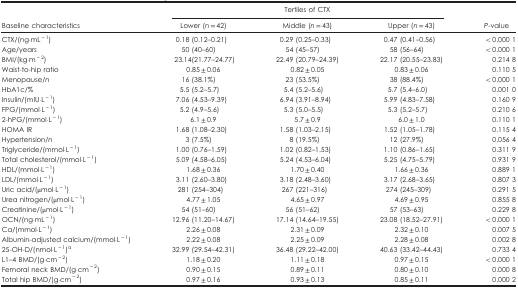
<table><thead><tr><td><b> </b></td><td colspan="3"><b>Tertiles of CTX</b></td><td><b> </b></td></tr><tr><td><b>Baseline characteristics</b></td><td><b>Lower (<i>n</i>=42)</b></td><td><b>Middle (<i>n</i>=43)</b></td><td><b>Upper (<i>n</i>=43)</b></td><td><b><i>P</i>-value</b></td></tr></thead><tbody><tr><td>CTX/(ng·mL<sup>−1</sup>)</td><td>0.18 (0.12–0.21)</td><td>0.29 (0.25–0.33)</td><td>0.47 (0.41–0.56)</td><td>&lt;0.000 1</td></tr><tr><td>Age/years</td><td>50 (40–60)</td><td>54 (45–57)</td><td>58 (56–64)</td><td>&lt;0.000 1</td></tr><tr><td>BMI/(kg·m<sup>−2</sup>)</td><td>23.14(21.77–24.77)</td><td>22.49 (20.79–24.39)</td><td>22.17 (20.55–23.83)</td><td>0.214 8</td></tr><tr><td>Waist-to-hip ratio</td><td>0.85±0.06</td><td>0.82±0.05</td><td>0.83±0.06</td><td>0.110 5</td></tr><tr><td>Menopause/<i>n</i></td><td>16 (38.1%)</td><td>23 (53.5%)</td><td>38 (88.4%)</td><td>&lt;0.000 1</td></tr><tr><td>HbA1c/%</td><td>5.5 (5.2–5.7)</td><td>5.4 (5.2–5.6)</td><td>5.7 (5.4–6.0)</td><td>0.001 0</td></tr><tr><td>Insulin/(mIU·L<sup>−1</sup>)</td><td>7.06 (4.53–9.39)</td><td>6.94 (3.91–8.94)</td><td>5.99 (4.83–7.58)</td><td>0.160 9</td></tr><tr><td>FPG/(mmol·L<sup>−1</sup>)</td><td>5.2 (4.9–5.6)</td><td>5.3 (5.0–5.5)</td><td>5.3 (5.2–5.7)</td><td>0.210 6</td></tr><tr><td>2-hPG/(mmol·L<sup>−1</sup>)</td><td>6.1±0.9</td><td>5.7±0.9</td><td>6.0±1.0</td><td>0.110 1</td></tr><tr><td>HOMA IR</td><td>1.68 (1.08–2.30)</td><td>1.58 (1.03–2.15)</td><td>1.52 (1.05–1.78)</td><td>0.115 4</td></tr><tr><td>Hypertension/<i>n</i></td><td>3 (7.5%)</td><td>8 (19.5%)</td><td>12 (27.9%)</td><td>0.056 4</td></tr><tr><td>Triglyceride/(mmol·L<sup>−1</sup>)</td><td>1.00 (0.76–1.59)</td><td>1.02 (0.82–1.53)</td><td>1.10 (0.86–1.65)</td><td>0.311 9</td></tr><tr><td>Total cholesterol/(mmol·L<sup>−1</sup>)</td><td>5.09 (4.58–6.05)</td><td>5.24 (4.53–6.04)</td><td>5.25 (4.75–5.79)</td><td>0.931 9</td></tr><tr><td>HDL/(mmol·L<sup>−1</sup>)</td><td>1.68±0.36</td><td>1.70±0.40</td><td>1.66±0.36</td><td>0.889 1</td></tr><tr><td>LDL/(mmol·L<sup>−1</sup>)</td><td>3.11 (2.60–3.80)</td><td>3.18 (2.48–3.60)</td><td>3.17 (2.68–3.65)</td><td>0.807 3</td></tr><tr><td>Uric acid/(μmol·L<sup>−1</sup>)</td><td>281 (254–304)</td><td>267 (221–316)</td><td>274 (245–309)</td><td>0.291 5</td></tr><tr><td>Urea nitrogen/(μmol·L<sup>−1</sup>)</td><td>4.77±1.05</td><td>4.65±0.97</td><td>4.69±0.95</td><td>0.855 8</td></tr><tr><td>Creatinine/(μmol·L<sup>−1</sup>)</td><td>54 (51–60)</td><td>56 (51–62)</td><td>57 (53–63)</td><td>0.229 8</td></tr><tr><td>OCN/(ng·mL<sup>−1</sup>)</td><td>12.96 (11.20–14.67)</td><td>17.14 (14.64–19.55)</td><td>23.08 (18.52–27.91)</td><td>&lt;0.000 1</td></tr><tr><td>Ca/(mmol·L<sup>−1</sup>)</td><td>2.26±0.08</td><td>2.31±0.09</td><td>2.32±0.10</td><td>0.007 5</td></tr><tr><td>Albumin-adjusted calcium/(mmol·L<sup>−1</sup>)</td><td>2.22±0.08</td><td>2.25±0.09</td><td>2.28±0.08</td><td>0.002 8</td></tr><tr><td>25-OH-D/(nmol·L<sup>−1</sup>)a</td><td>32.99 (29.54–42.31)</td><td>36.48 (29.22–42.00)</td><td>40.63 (33.42–44.43)</td><td>0.733 4</td></tr><tr><td>L1–4 BMD/(g·cm<sup>−2</sup>)</td><td>1.18±0.20</td><td>1.11±0.18</td><td>0.97±0.15</td><td>&lt;0.000 1</td></tr><tr><td>Femoral neck BMD/(g·cm<sup>−2</sup>)</td><td>0.90±0.15</td><td>0.89±0.11</td><td>0.80±0.10</td><td>0.000 8</td></tr><tr><td>Total hip BMD/(g·cm<sup>−2</sup>)</td><td>0.97±0.16</td><td>0.93±0.13</td><td>0.85±0.11</td><td>0.000 2</td></tr></tbody></table>